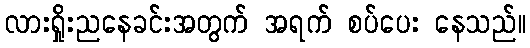
လားရှိုးညနေခင်းအတွက် အရက် စပ်ပေး နေသည်။